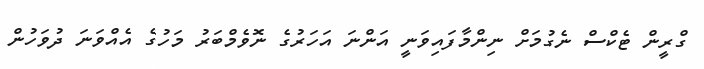
ގްރީން ޓެކްސް ނެގުމަށް ނިންމާފައިވަނީ އަންނަ އަހަރުގެ ނޮވެމްބަރު މަހުގެ އެއްވަނަ ދުވަހުން